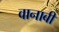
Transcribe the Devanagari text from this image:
वानाबी